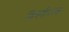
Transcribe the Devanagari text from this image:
विमर्शपरक